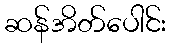
ဆန်အိတ်ပေါင်း